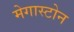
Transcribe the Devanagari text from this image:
मेगास्टोन